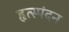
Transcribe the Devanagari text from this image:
हृत्स्पंदन